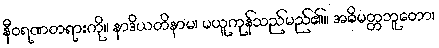
နီဝရဏတရားကို။ နာဒိယတိနာမ၊ မယူကုန်သည်မည်၏။ အဓိမတ္တဘူတော၊